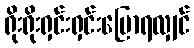
ရိုးရိုးရှင်းရှင်းပြောရလျှင်